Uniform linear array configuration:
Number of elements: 4
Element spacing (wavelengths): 0.5
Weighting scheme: cosine
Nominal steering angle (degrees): -15
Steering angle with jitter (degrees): -13.798
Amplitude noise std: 0.05
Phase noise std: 0.05

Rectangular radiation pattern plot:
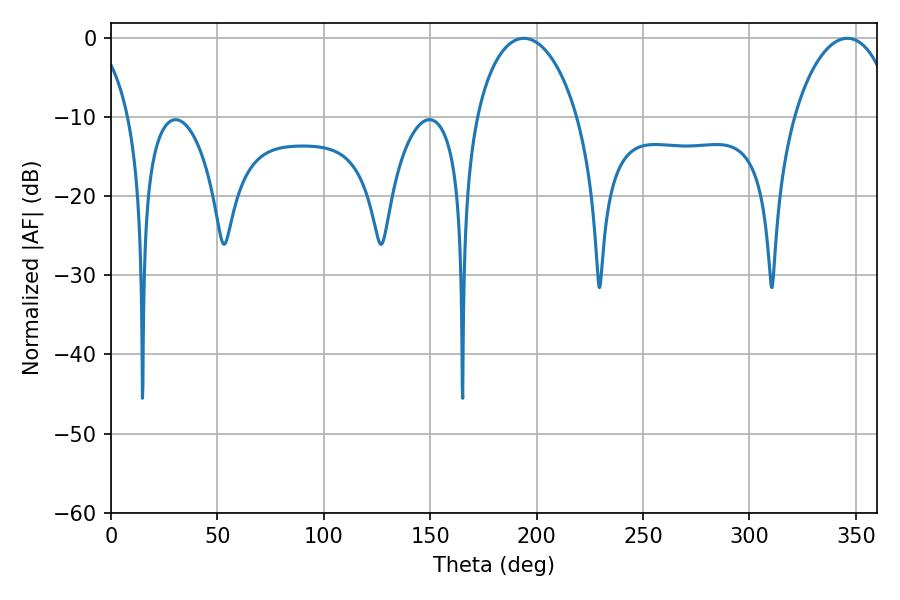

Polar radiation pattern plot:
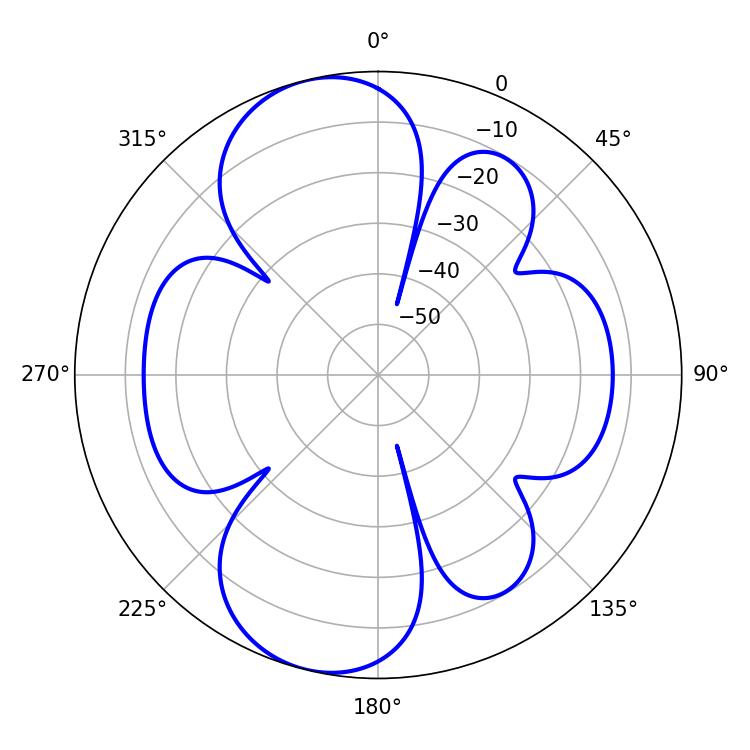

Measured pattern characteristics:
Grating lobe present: FALSE
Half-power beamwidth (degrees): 27.18
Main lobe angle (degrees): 194.04